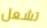
تشعل